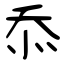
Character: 忝